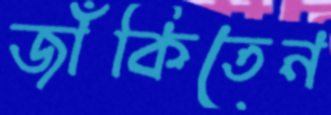
জাঁকিতেন